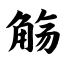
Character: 觞